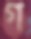
গ